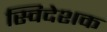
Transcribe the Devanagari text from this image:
स्विदेशक